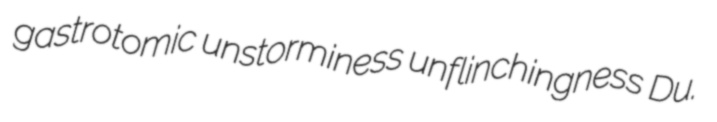
gastrotomic unstorminess unflinchingness Du.